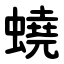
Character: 蟯